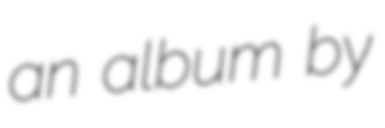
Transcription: an album by